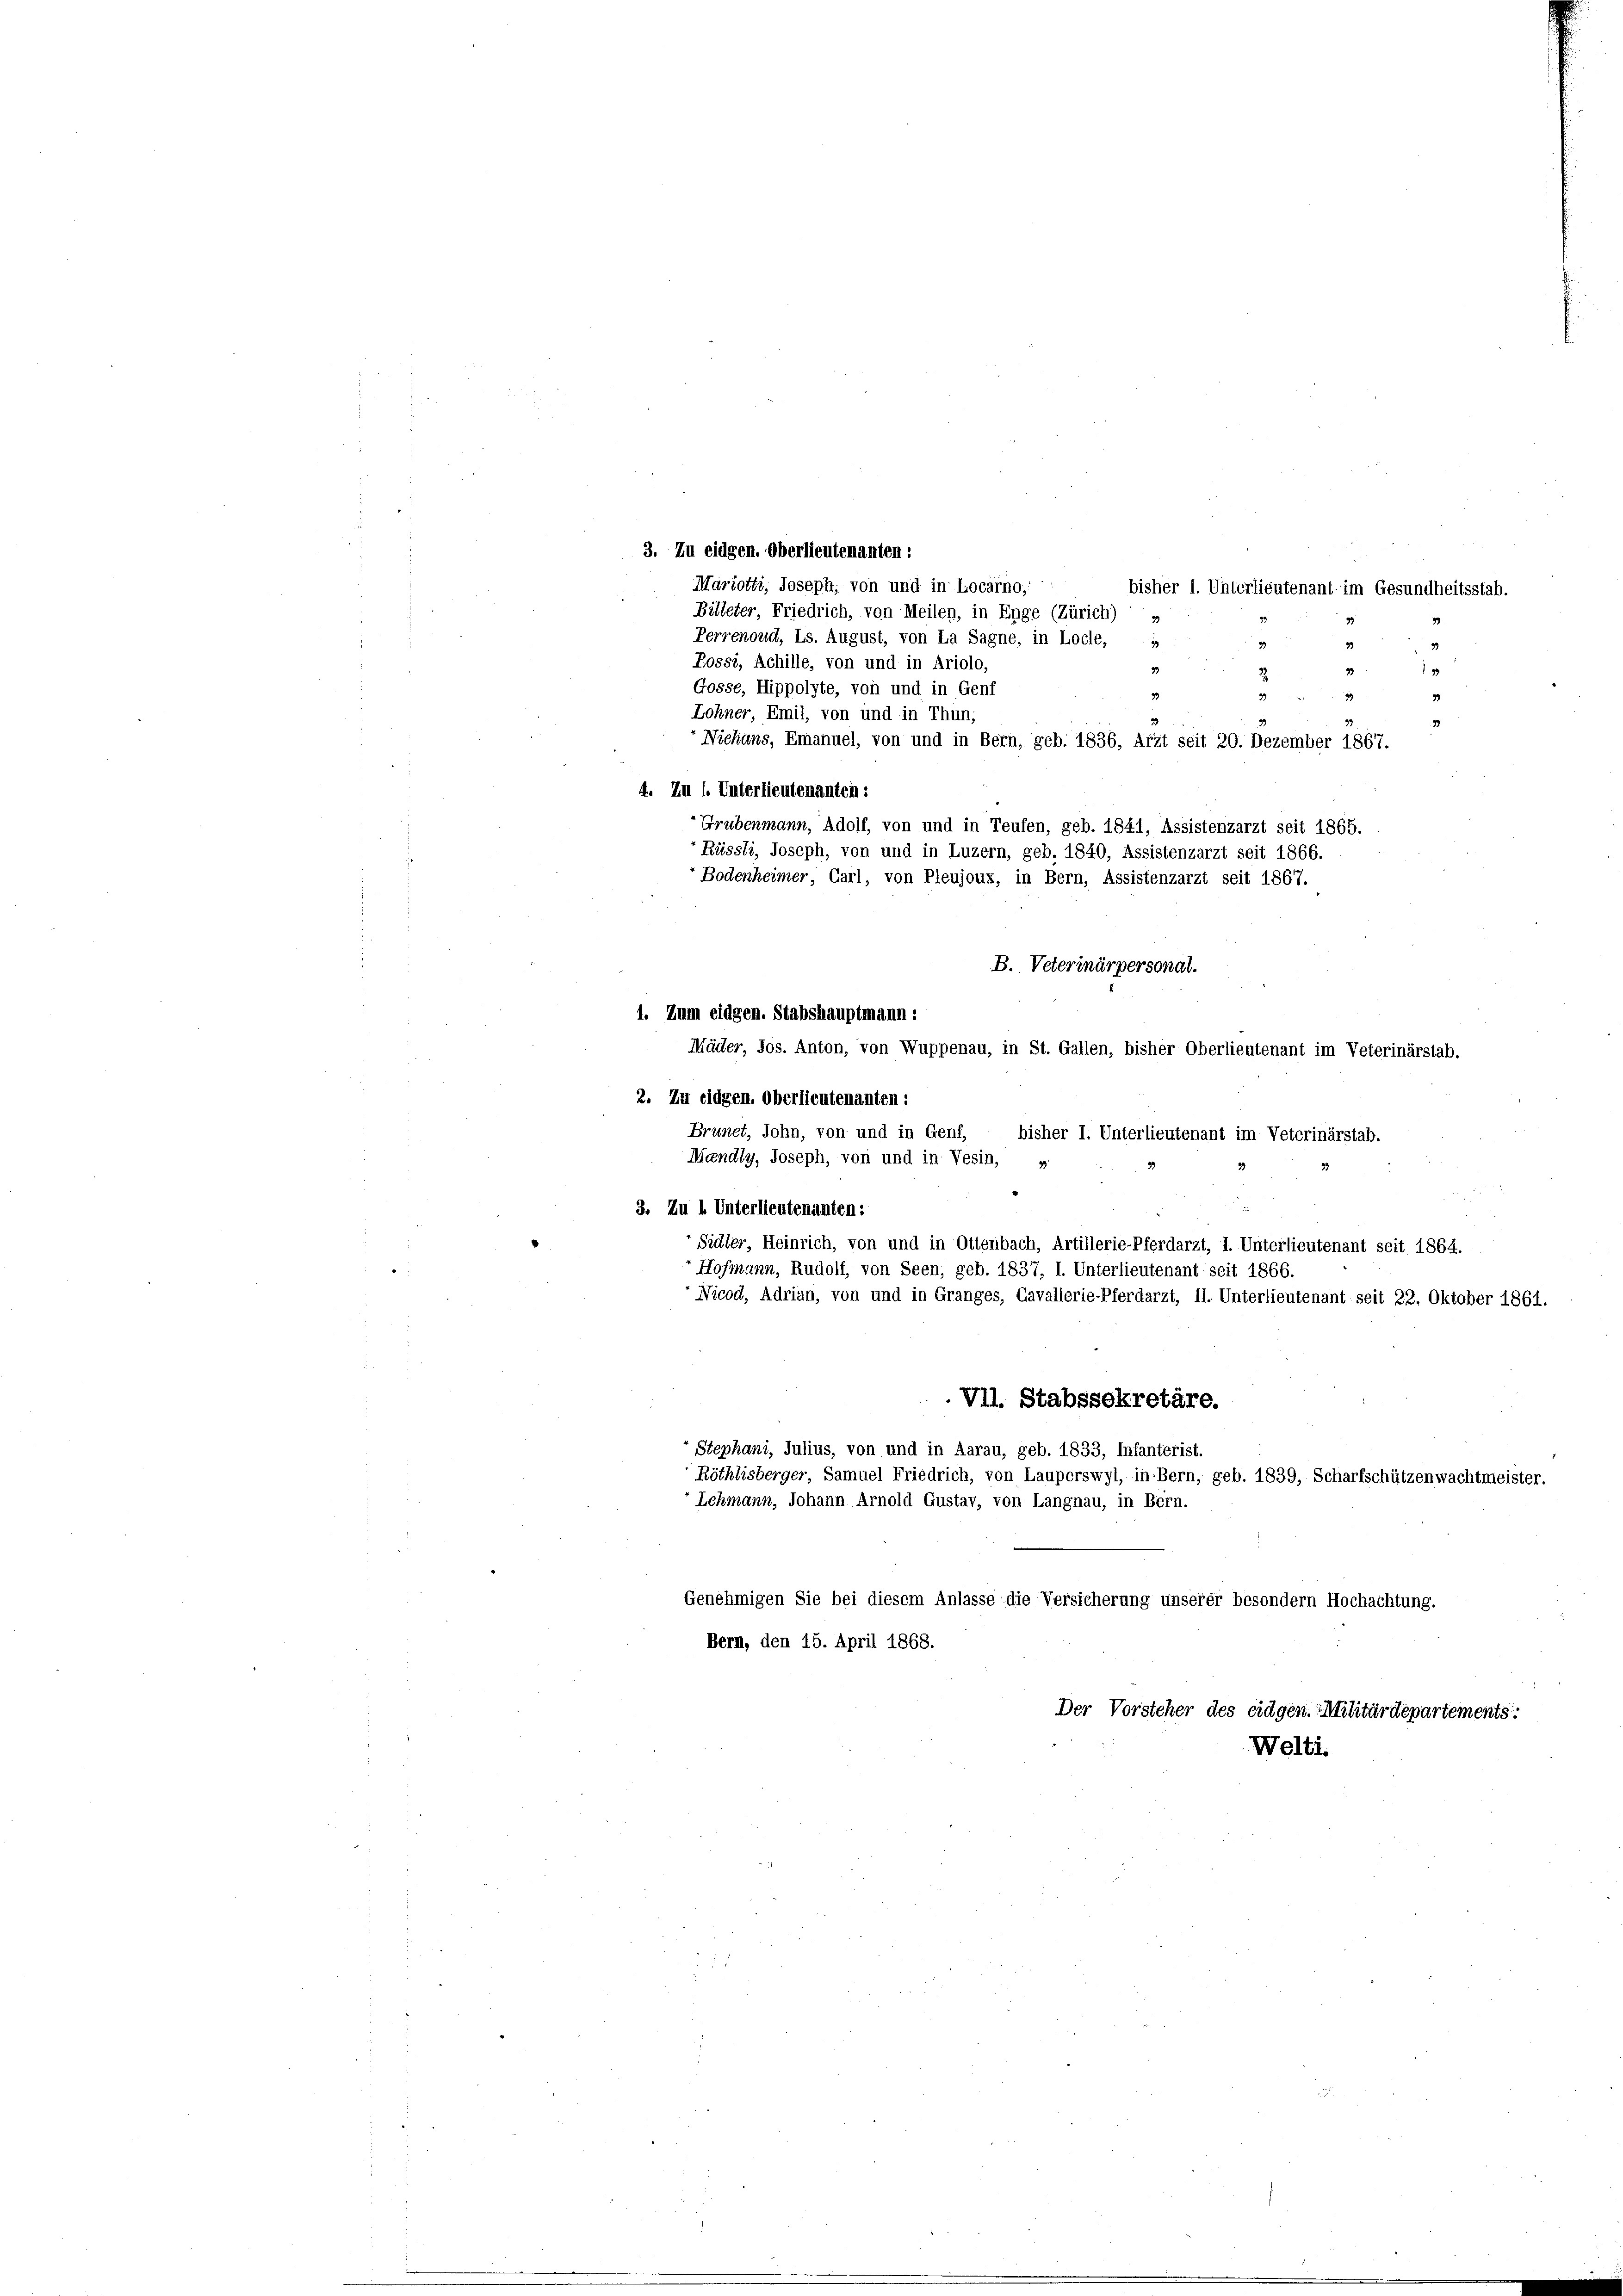
4. Zu l. Unterlieutenanten:

3. Zu eidgen. Oberlieutenanten:
Mariotti, Joseph, von und in Locarno,
bisher I. Unterlieutenant im Gesundheitsstab.
Billeter, Friedrich, von Meilen, in Enge (Zürich
Perrenoud, Ls. August, von La Sagne, in Locle, u
9.
Rossi, Achille, von und in Ariolo,
33
2
Gosse, Hippolyte, von und in Genf
2
39
Lohner, Emil, von und in Thun,
Niehans, Emanuel, von und in Bern, geb. 1836, Arzt seit 20. Dezember 1867.
Grubenmann, Adolf, von und in Teufen, geb. 1841, Assistenzarzt seit 1865.
Rüssli, Joseph, von und in Luzern, geb. 1840, Assistenzarzt seit 1866.
Bodenheimer, Carl, von Pleujoux, in Bern, Assistenzarzt seit 1867.
B. Veterinärpersonat.
1. Zum eidgen. Stabshauptmann:
Mäder, Jos. Anton, von Wuppenau, in St. Gallen, bisher Oberlieutenant im Veterinärstab.
2. Zu eidgen. Oberlieutenanten:
Brunet, John, von und in Genf,
bisher I. Unterlieutenant im Veterinärstab.
Mendly, Joseph, von und in Vesin,
33
3. Zu l. Unterlieutenanten:
Sidler, Heinrich, von und in Ottenbach, Artillerie-Pferdarzt, I. Unterlieutenant seit 1864.
Hofmann, Rudolf, von Seen, geb. 1837, 1. Unterlieutenant seit 1866.
Nicod, Adrian, von und in Granges, Cavallerie-Pferdarzt, Il. Unterlieutenant seit 22. Oktober 1861.
VII. Stabssekretäre.
Stephani, Julius, von und in Aarau, geb. 1833, Infanterist.
Röthlisberger, Samuel Friedrich, von Lauperswyl, in Bern, geb. 1839, Scharfschützenwachtmeister.
Lehmann, Johann Arnold Gustav, von Langnau, in Bern.
Genehmigen Sie bei diesem Anlasse die Versicherung unserer besondern Hochachtung.
Bern, den 15. April 1868.
Der Vorsteher des eidgen. Militärdepartements:
Welti.